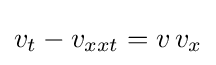
v_{t}-v_{xxt}=v\,v_{x}